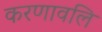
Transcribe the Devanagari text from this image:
करणावलि